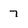
Character: 7